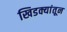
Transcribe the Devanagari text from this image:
खिडक्यांतून